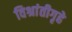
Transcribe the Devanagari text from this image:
विश्रांतीगृहे